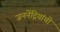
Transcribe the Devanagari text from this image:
जननेंद्रियांची